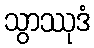
သွာဿုဒံ